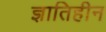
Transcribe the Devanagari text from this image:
ज्ञातिहीन